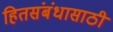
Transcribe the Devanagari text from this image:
हितसंबंधासाठी